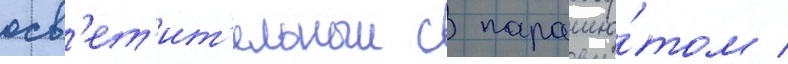
осв'ет'ит'ельныи с парашю́том /